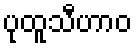
ပုထူသီဟာဝ